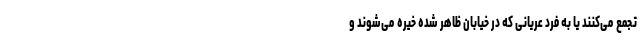
تجمع می‌کنند یا به فرد عریانی که در خیابان ظاهر شده خیره می‌شوند و